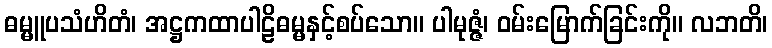
ဓမ္မူပသံဟိတံ၊ အဋ္ဌကထာပါဠိဓမ္မနှင့်စပ်သော။ ပါမုဇ္ဇံ၊ ဝမ်းမြောက်ခြင်းကို။ လဘတိ၊